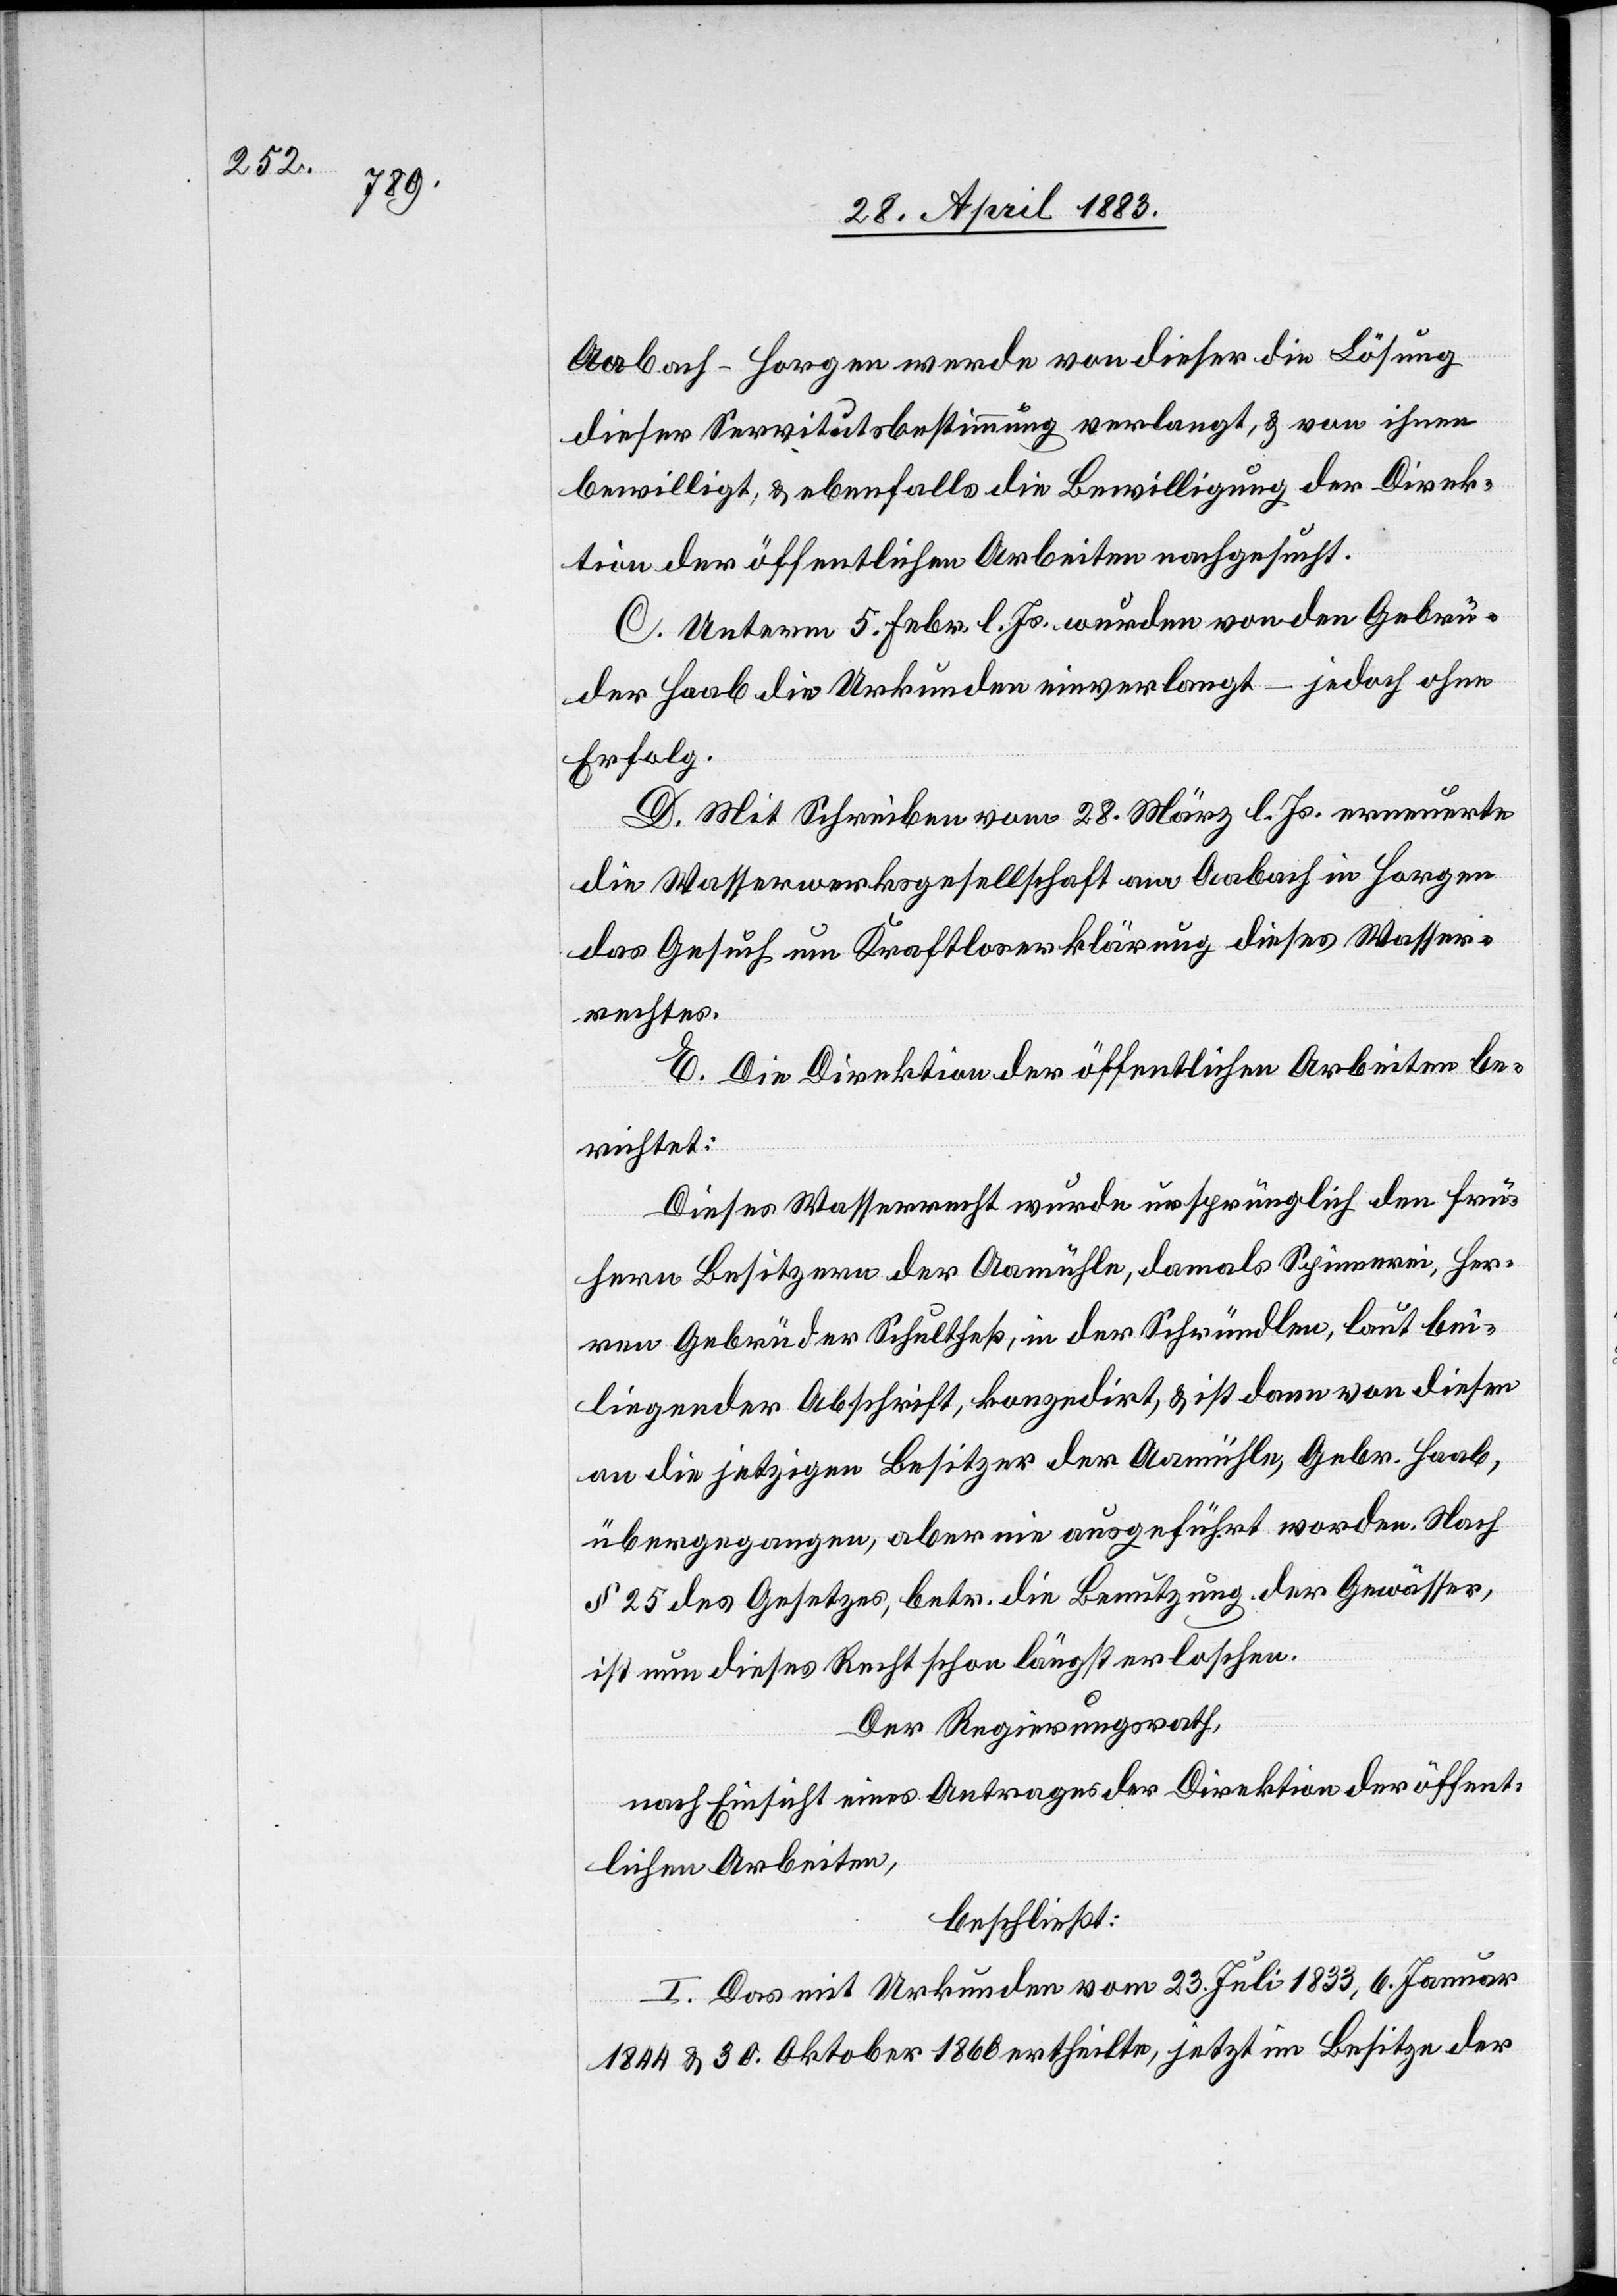
Aabach - Horgen werde von dieser die Lösung
dieser Servitutsbestimmung verlangt, & von ihnen
bewilligt, & ebenfalls die Bewilligung der Direk¬
tion der öffentlichen Arbeiten nachgesucht.
C. Unterm 5. Febr. l. Js. wurden von den Gebrü¬
der Haab die Urkunden einverlangt – jedoch ohne
Erfolg.
D. Mit Schreiben vom 28. März l. Js. erneuerte
die Wasserwerksgesellschaft am Aabach in Horgen
das Gesuch um Kraftloserklärung dieses Wasser¬
rechtes.
E. Die Direktion der öffentlichen Arbeiten be¬
richtet:
Dieses Wasserrecht wurde ursprünglich den frü¬
hern Besitzern der Aamühle, damals Spinnerei, Her¬
ren Gebrüder Schultheß, in der Schründlen, laut bei¬
liegender Abschrift, konzedirt, & ist dann von diesen
an die jetzigen Besitzer der Aamühle, Gebr. Haab,
übergegangen, aber nie ausgeführt worden. Nach
§ 25 des Gesetzes, betr. die Benutzung der Gewässer,
ist nun dieses Recht schon längst erloschen.
Der Regierungsrath,
nach Einsicht eines Antrages der Direktion der öffent¬
lichen Arbeiten,
beschließt:
I. Das mit Urkunden vom 23. Juli 1833, 6. Januar
1844 & 30. Oktober 1860 ertheilte, jetzt im Besitze der